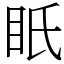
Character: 眂